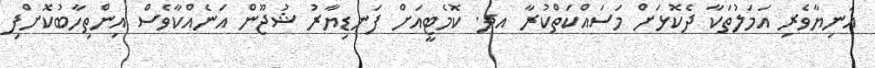
އަނިޔާވެރި އަމަލުތަކާ ދެކޮޅަށް މަސައްކަތްކުރާ އދ. ކޮމެޓީއަށް ފަނޑިޔާރު ޝުޖޫން އަނެއްކާވެސް އިންތިހާބުކޮށްފި